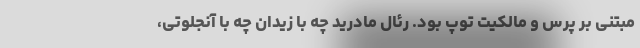
مبتنی بر پرس و مالکیت توپ بود. رئال مادرید چه با زیدان چه با آنجلوتی،